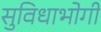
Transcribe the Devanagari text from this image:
सुविधाभोगी